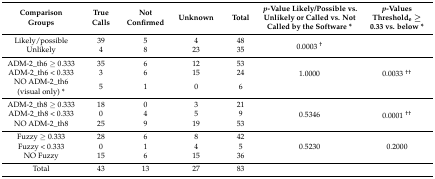
<table><thead><tr><td><b>Comparison Groups</b></td><td><b>True Calls</b></td><td><b>Not Confirmed</b></td><td><b>Unknown</b></td><td><b>Total</b></td><td><b><i>p</i>-Value Likely/Possible vs. Unlikely or Called vs. Not Called by the Software *</b></td><td><b><i>p</i>-Values Threshold<sub>e</sub> ≥ 0.33 vs. below *</b></td></tr></thead><tbody><tr><td>Likely/possible</td><td>39</td><td>5</td><td>4</td><td>48</td><td rowspan="2">0.0003 <sup>†</sup></td><td></td></tr><tr><td>Unlikely</td><td>4</td><td>8</td><td>23</td><td>35</td><td></td></tr><tr><td>ADM-2_th6 ≥ 0.333</td><td>35</td><td>6</td><td>12</td><td>53</td><td rowspan="3">1.0000</td><td rowspan="3">0.0033 <sup>††</sup></td></tr><tr><td>ADM-2_th6 &lt; 0.333</td><td>3</td><td>6</td><td>15</td><td>24</td></tr><tr><td>NO ADM-2_th6 (visual only) *</td><td>5</td><td>1</td><td>0</td><td>6</td></tr><tr><td>ADM-2_th8 ≥ 0.333</td><td>18</td><td>0</td><td>3</td><td>21</td><td rowspan="3">0.5346</td><td rowspan="3">0.0001 <sup>††</sup></td></tr><tr><td>ADM-2_th8 &lt; 0.333</td><td>0</td><td>4</td><td>5</td><td>9</td></tr><tr><td>NO ADM-2_th8</td><td>25</td><td>9</td><td>19</td><td>53</td></tr><tr><td>Fuzzy ≥ 0.333</td><td>28</td><td>6</td><td>8</td><td>42</td><td rowspan="3">0.5230</td><td rowspan="3">0.2000</td></tr><tr><td>Fuzzy &lt; 0.333</td><td>0</td><td>1</td><td>4</td><td>5</td></tr><tr><td>NO Fuzzy</td><td>15</td><td>6</td><td>15</td><td>36</td></tr><tr><td>Total</td><td>43</td><td>13</td><td>27</td><td>83</td><td></td><td></td></tr></tbody></table>